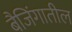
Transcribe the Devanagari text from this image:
बैजिंगातील